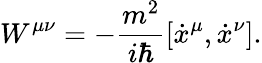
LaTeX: W^{\mu\nu}=-{\frac{m^{2}}{i\hbar}}[\dot{x}^{\mu},\dot{x}^{\nu}].